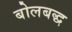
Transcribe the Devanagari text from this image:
बोलबद्ध